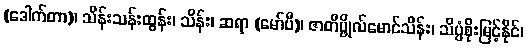
(ဒေါက်တာ)၊ သိန်းသန်းထွန်း၊ သိန်း၊ ဆရာ (မော်ပီ)၊ ဇာတိပ္ဖိုလ်မောင်သိန်း၊ သိပ္ပံစိုးမြင့်နိုင်၊